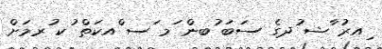
ިއރު ާޝ ުދގެ ސަބަ ުބން ަމ ަސ ްއކަތް ުކ ުރމަށް